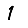
Digit: 1